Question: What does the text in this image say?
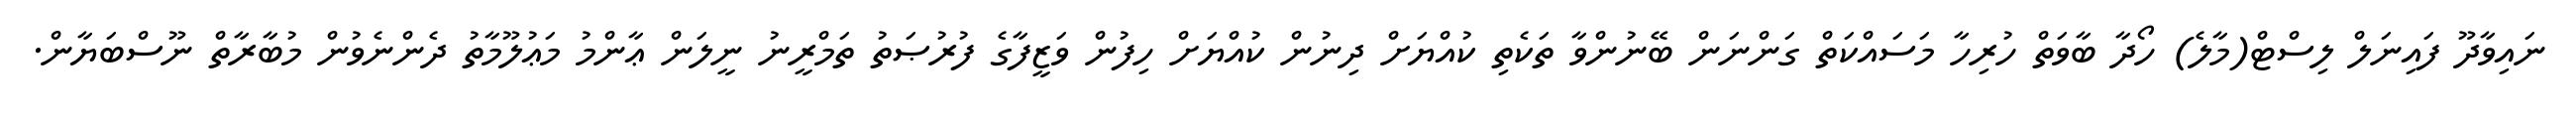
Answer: ނައިވާދޫ ފައިނަލް ލިސްޓް(މާލެ) ހޯދާ ބާވަތް ހުރިހާ މަސައްކަތް ގަންނަން ބޭނުންވާ ތަކެތި ކުއްޔަށް ދިނުން ކުއްޔަށް ހިފުން ވަޒީފާގެ ފުރުޞަތު ތަމްރީނު ނީލަން ޢާންމު މަޢުލޫމާތު ދެންނެވުން މުބާރާތް ނޫސްބަޔާން.